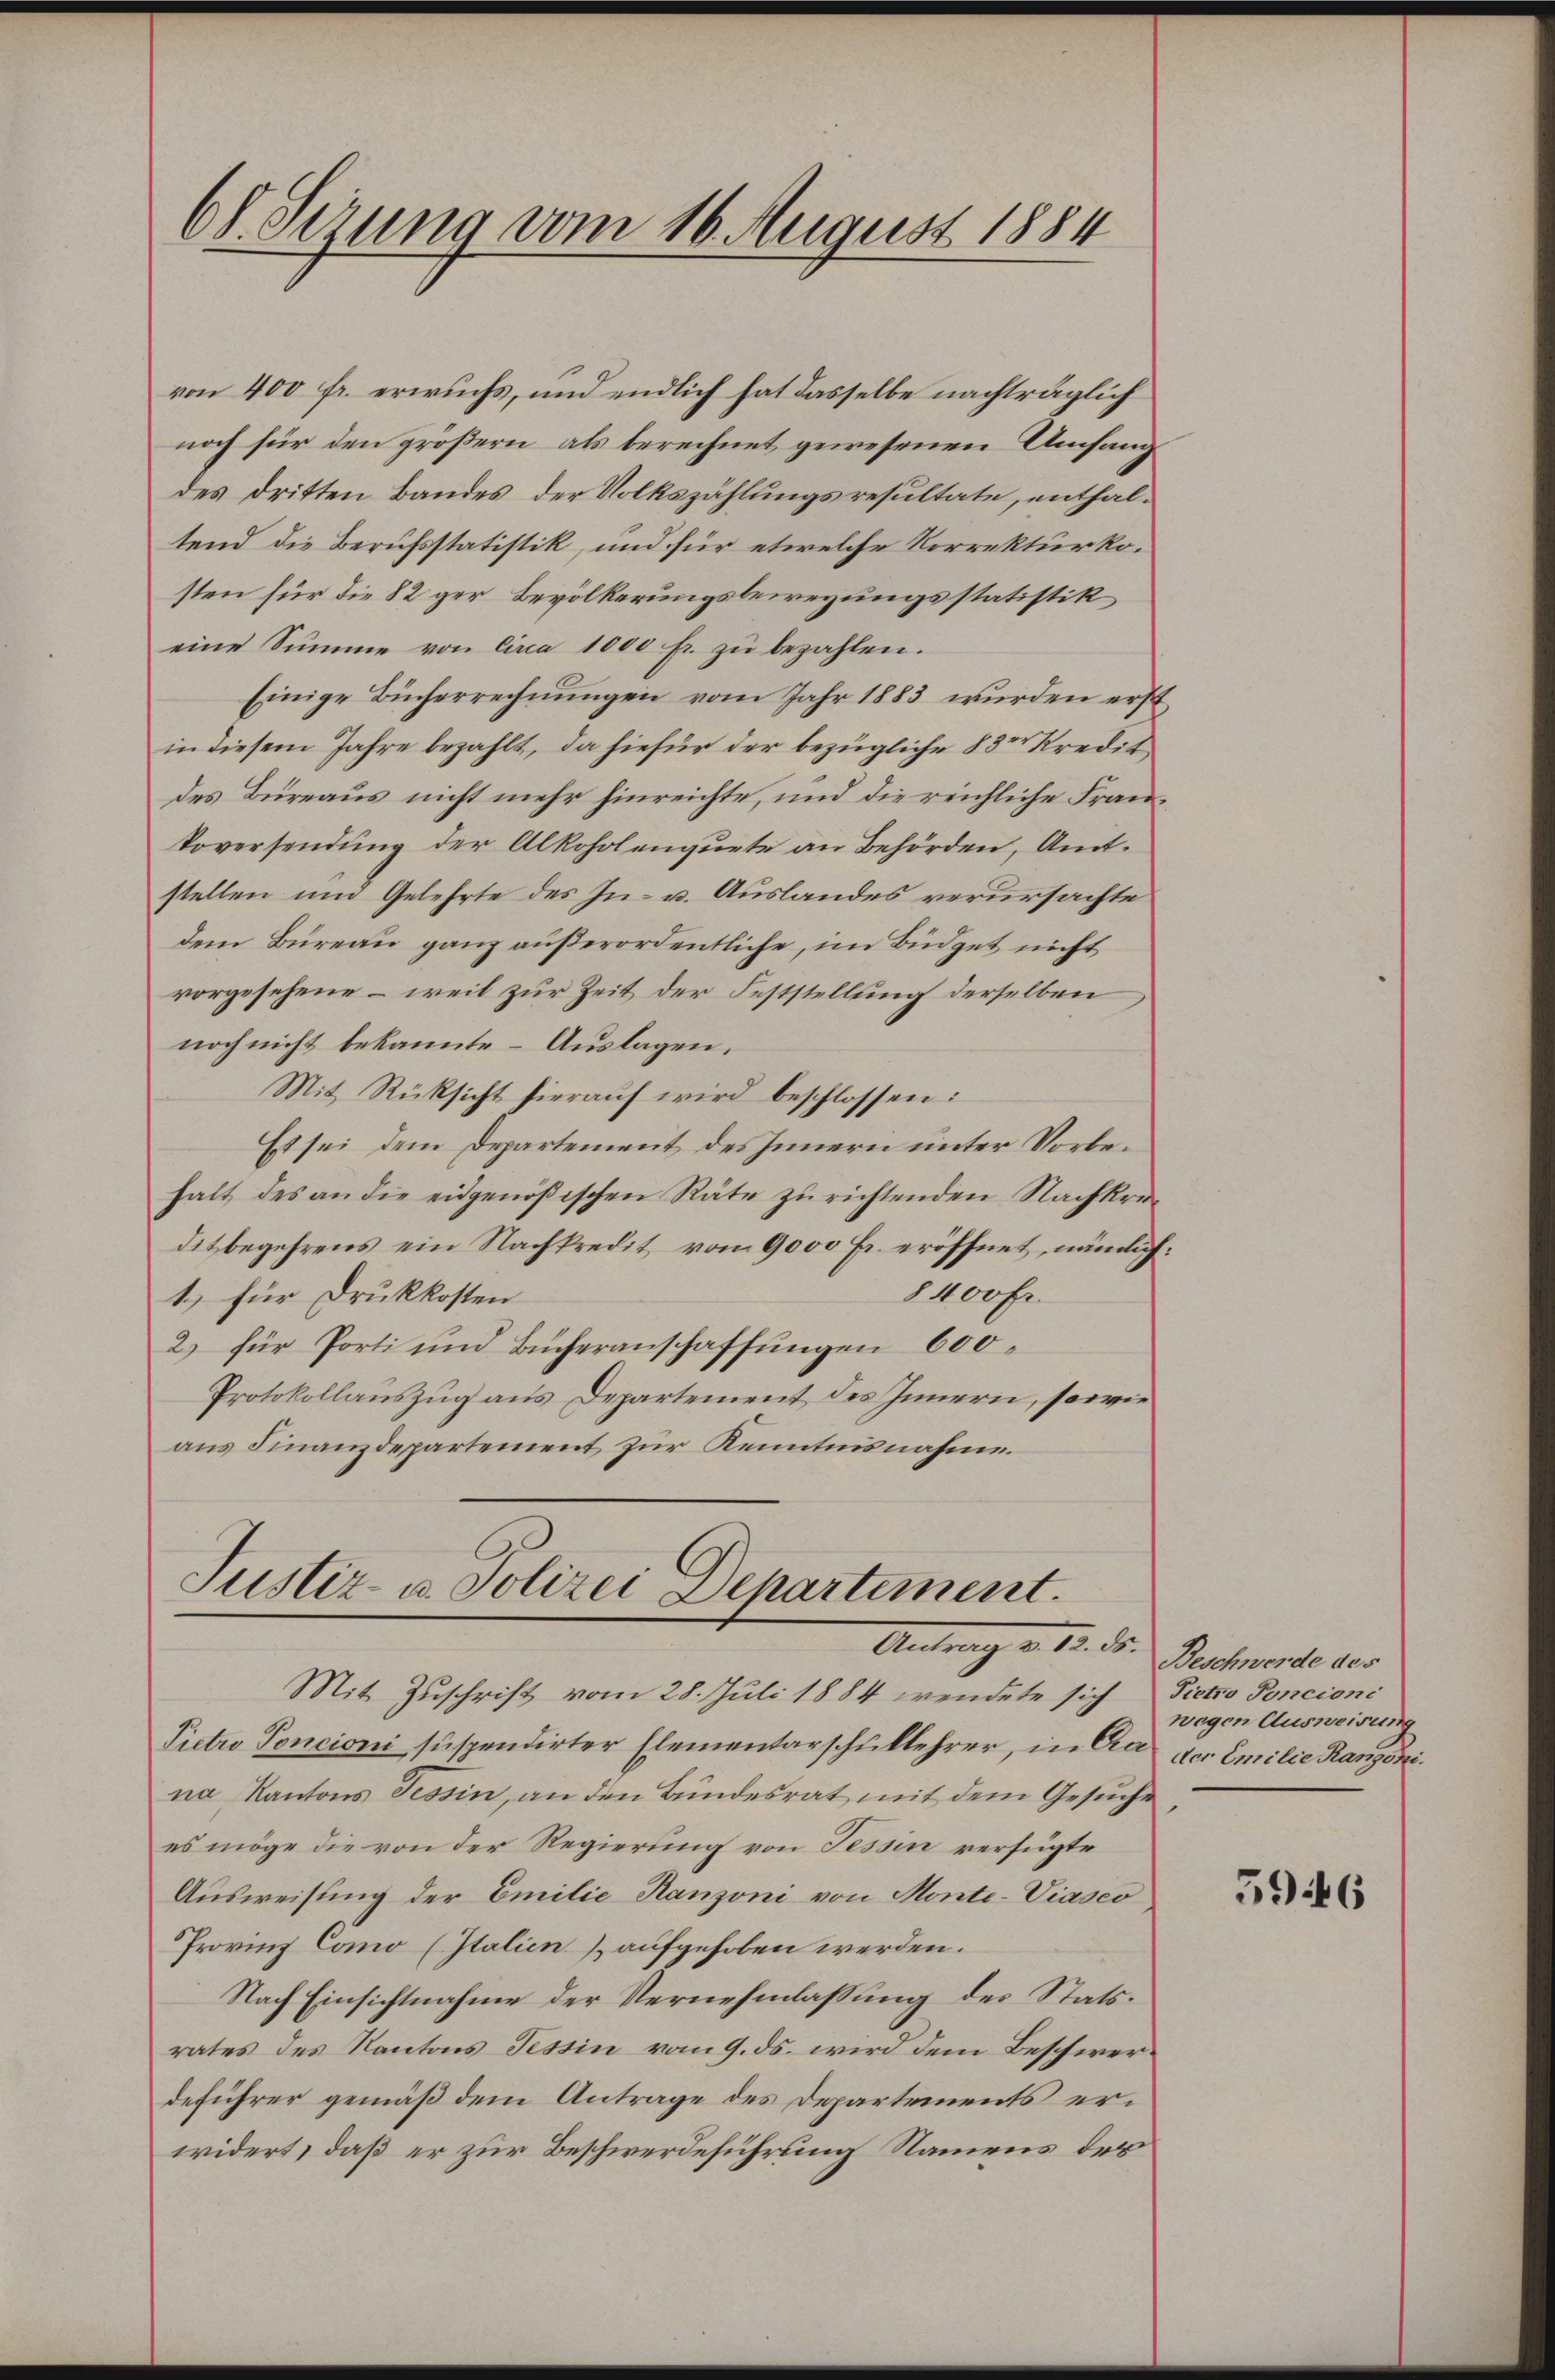
von 400 fr. erwuchs, und endlich hat dasselbe nachträglich
noch für den größern als berechnet gewesenen Umfang
des dritten Bandes, der Volkszählungsresultate, enthaltend die Berufsstatistik, und für etwelche Korrekturkosten für die 82 ger Bevölkerungsbewegungsstatistik
eine Summe von Circa 1000 fr. zŭ bezahlen.
Einige Bücherrechnungen vom Jahr 1883 wurden erst
in diesem Jahre bezahlt, da hiefür der bezügliche 83r Kredit
des Büreaus nicht mehr hinreichte, und die reichliche Fran¬
Voversendung der Alkoholenquete an Behörden, Amtstellen und Gelehrte des In- u. Auslandes verursachte
dem Büreau ganz außerordentliche, im Büdget nicht
vorgesehene – weil zur Zeit der Feststellung derselben
noch nicht bekannte – Auslagen.
Mit Rücksicht hierauf wird beschlossen:
Es sei dem Departement des Innern unter Vorbehalt des an die eidgenößischen Räte zu richtenden Nachkeiditbegehrens ein Nachkredit von 9000 Fr. eröffnet, nämlich:
§ 400 Fr.
1.) für Druckkosten
2) für Porti und Bucheranschaffungen 600
Protokollauszug aus Departement des Innern, sowie
aus Finanzdepartement zur Kenntnisnahme.

6l Sizung vom 16. August 1884

Justiz- u. Polizei Departement.
Antrag v. 18. ds.
Mit Zuschrift vom 28. Juli 1884 wendete sich Dictio Poncioni

Pietro Poncioni suspendirter Elementarschullehrer, in An der Emilie Ranzonina Kantons Tessin, an den Bundesrat mit dem Gesuche
es möge die von der Regierung von Tessin verfügte
Ausweisung der Emilie Ranzoni von Monte-Viasco
Provinz Como (Italien & aufgehoben werden.
Nach Einsichtnahme der Vernehmlassung des Statsrates des Kantons Tessin vom 9. ds. wird dem Beschwerdeführer gemäß dem Antrage des Departements erwidert, daß er zur Beschwerdeführung Namens der

Beschwerde des
wegen Ausweisung

5946